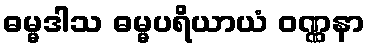
ဓမ္မဒါသ ဓမ္မပရိယာယံ ဝဏ္ဏနာ